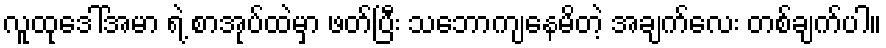
လူထုဒေါ်အမာ ရဲ့ စာအုပ်ထဲမှာ ဖတ်ပြီး သဘောကျနေမိတဲ့ အချက်လေး တစ်ချက်ပါ။